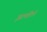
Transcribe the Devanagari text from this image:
झाकीले